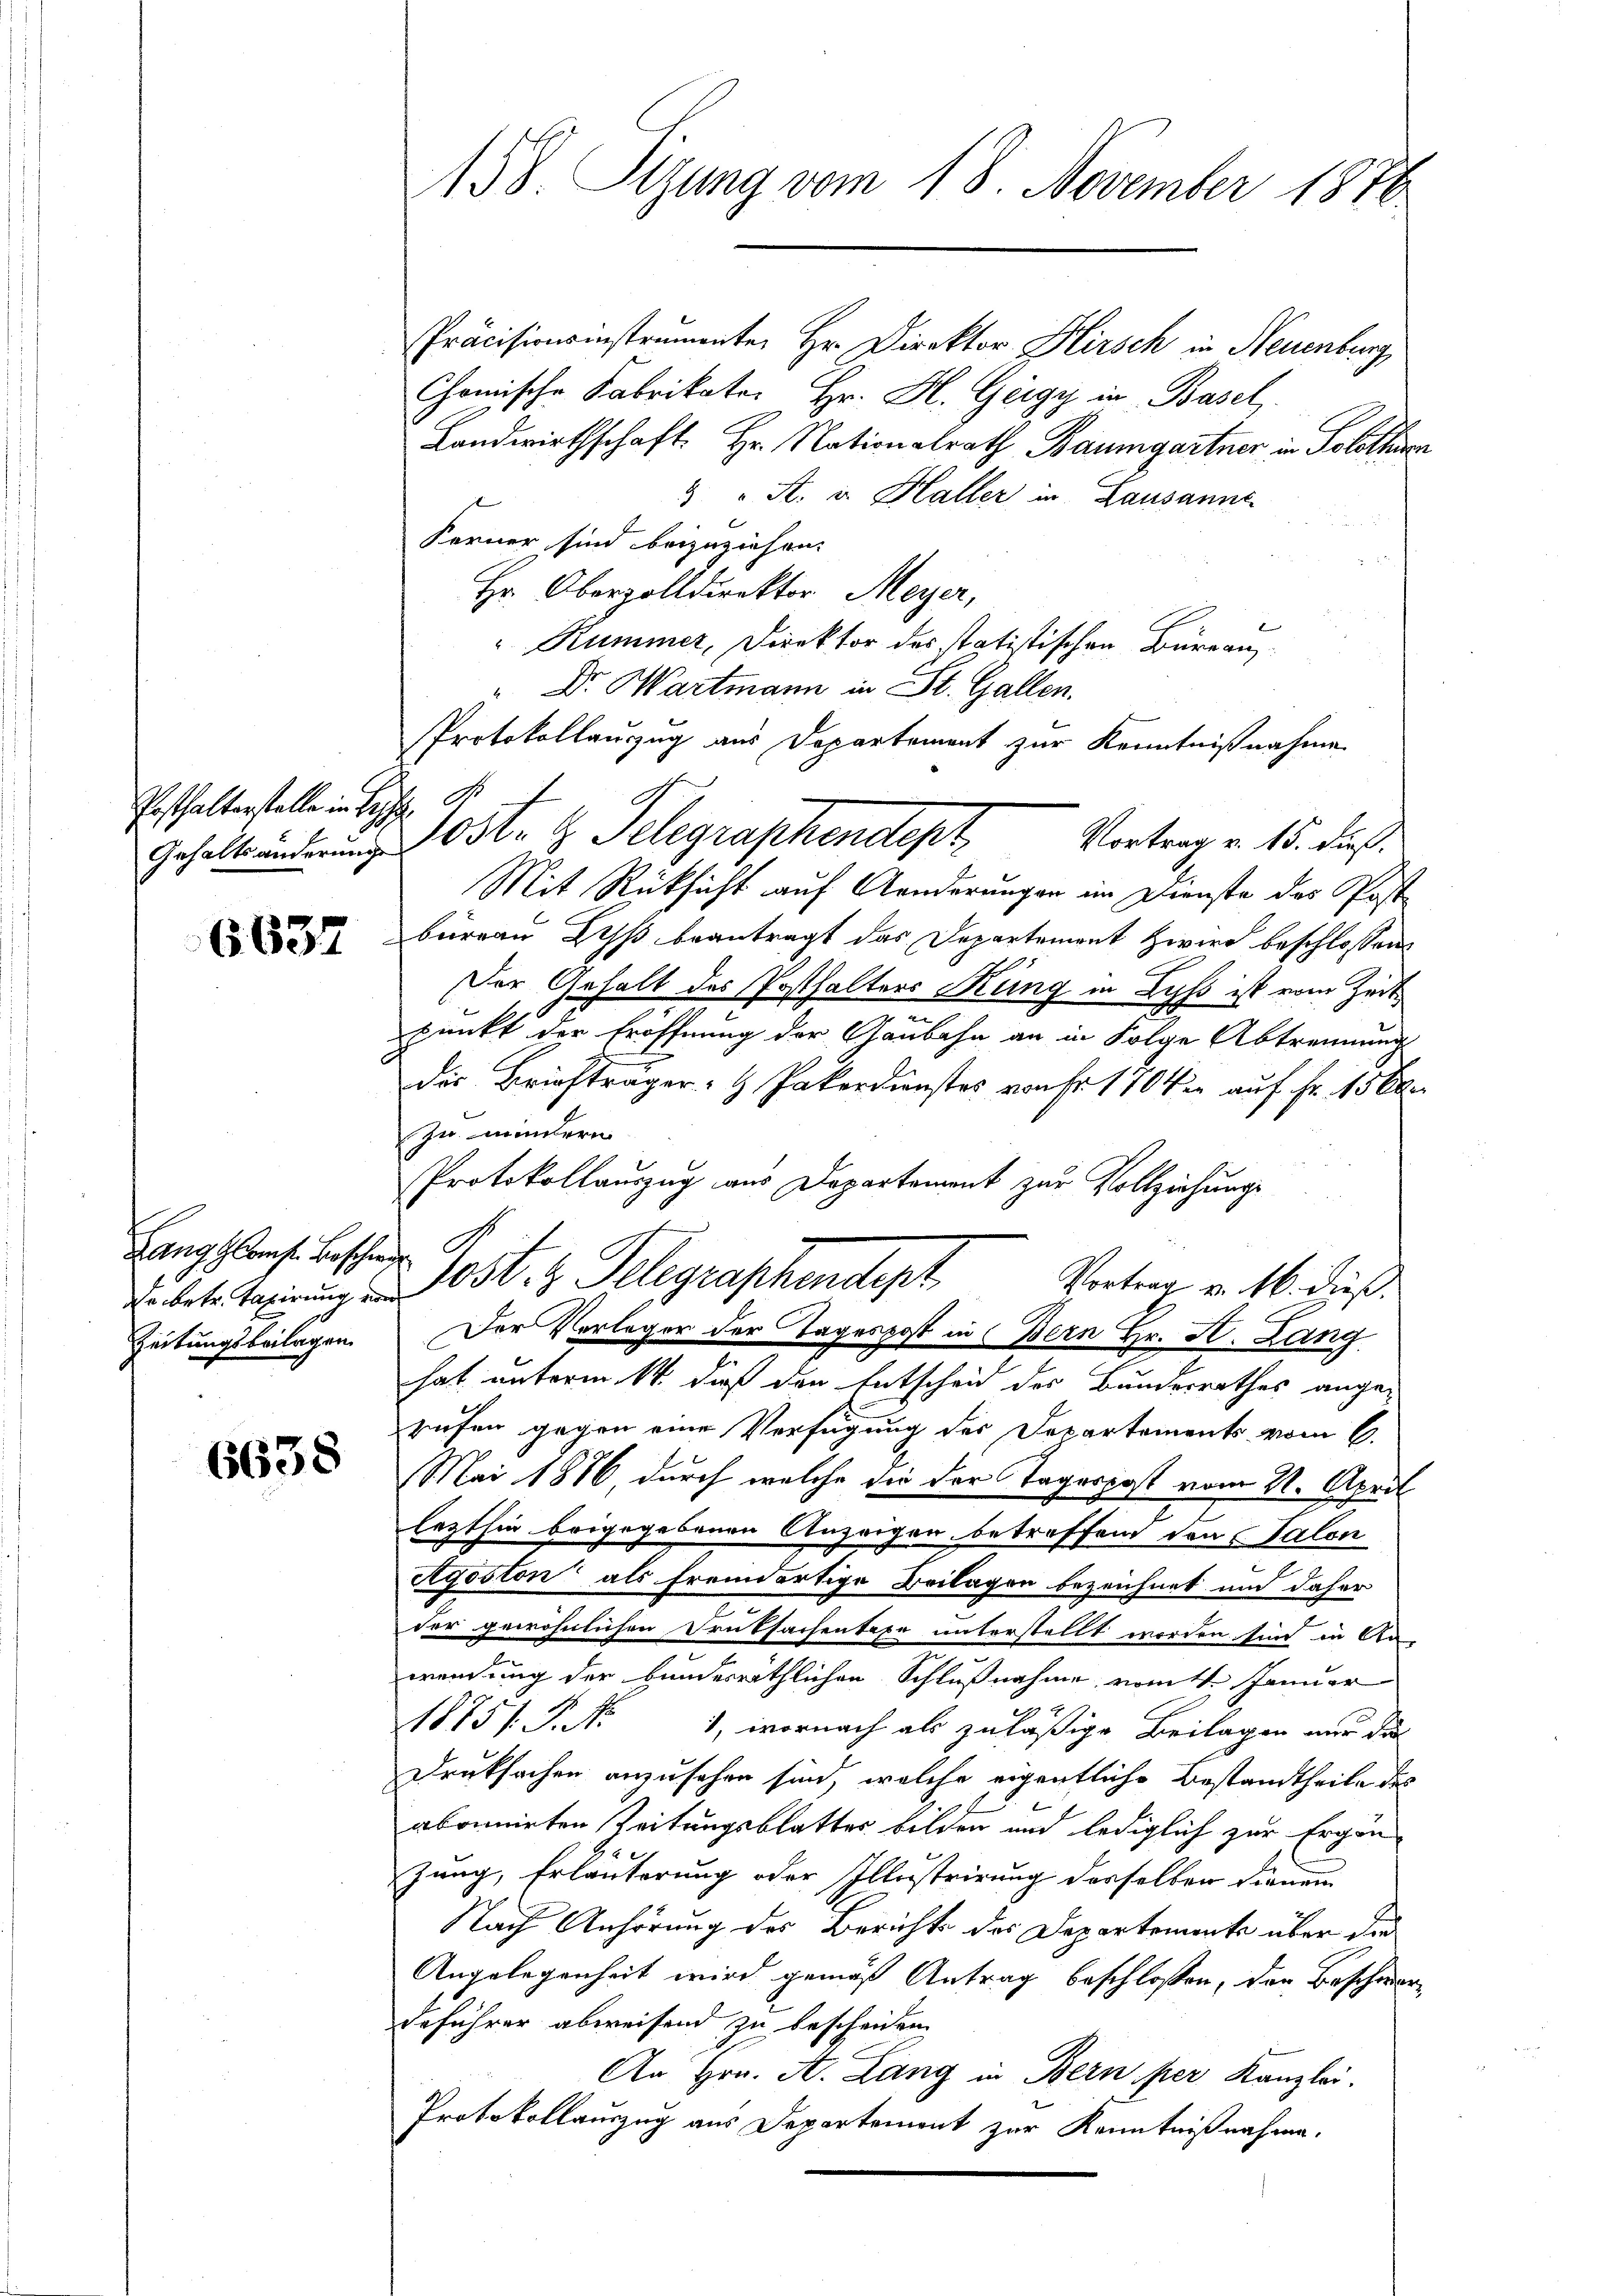
Posthalterstelle in des S

6637

Lang GComp. Beschiede
Zeitungsbeilagen

6638

Präcisionsinstrumente Hr. Direktor Hirsch in Neuenburg
Chemische Fabrikate. Hr. H. Geigy in Basel.
Landwirthschaft. Hr. Nationalrath Baumgartner in Solothurn
3 " St. u. Haller in Lausannt
Ferner sind beizuziehen.
Hr. Oberzolldirektor Meyer,
"Rummer, Direktor des statistischen Büreau¬
" Dr. Wartmann in St. Gallen.
Protokollauszug aus Departement zur Kenntnißnahme
Mit Rücksicht auf Anderungen im Dienste des Post
bureau Uhß beantragt das Departement zwird beschlossen:
Der Gehalt des Posthalters Kung in Lyss ist vom Zeit
punkt der Eröffnung der Gaubahn an in Folge Abtrennung
die Briefträger- & Pakerdienstes von Fr. 1704 auf Fr. 15 0
zu mindern
Protokollauszug aus Departement zur Vollziehungs
.
u. betretenirung Jost z. Telegraphendept
Vortrag v. M. dieß.
Der Verleger der Tagespost in Bern Hr. H. Lang
hat unterm 14. dieß den Entscheid des Bundesrathes angerufen gegen eine Verfügung des Departements vom 6.
Mai 1886 durch welche die der Tagespost vom 21. April
lezthin beigegebenen Anzeigen betreffend den Salon
Rgoston als fremdartige Beilagen bezeichnet und daher
der gewöhnlichen Druksachentaxe unterstellt worden sind in An-
wendung der bunderräthlichen Schlußnahme vomtt. Januar
1885/ P. Nr. 1, wornach als zuläßige Beilagen nur die
Druksachen anzusehen sind, welche eigentliche Bestandtheile des
abonnirten Zeitungsblatter bilden und lediglich zur Ergänzung, Erläuterung oder Illustrirung desselben dienen
Nach Anhörung des Berichts des Departemente über die
Angelegenheit wird gemäß Antrag beschlossen, den Beschwere
deführer abweisend zu bescheiden
An Hrn. A. Lang in Bern per Kanzlei.
Protokollauszug aus Departement zur Kenntnißnahme.

158. Sizung vom 18. November 1876

Gehaltenderung 10str. H. Telegraphendept. Vortrag v. 15. dieß.